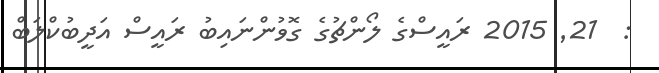
:  21